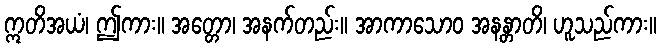
ဣတိအယံ၊ ဤကား။ အတ္တော၊ အနက်တည်း။ အာကာသောဝ အနန္တာတိ၊ ဟူသည်ကား။